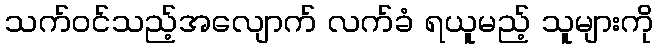
သက်ဝင်သည့်အလျောက် လက်ခံ ရယူမည့် သူများကို